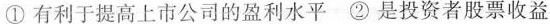
①有利于提高上市公司的盈利水平-②是投资者股票收益